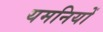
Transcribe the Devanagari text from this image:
यमनियों